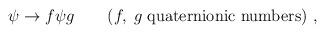
LaTeX: \begin{align*}\psi \rightarrow f \psi g \quad \quad (f, \; g \; \mbox{quaternionic numbers} ) ~ ,\end{align*}